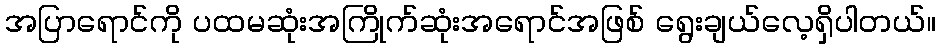
အပြာရောင်ကို ပထမဆုံးအကြိုက်ဆုံးအရောင်အဖြစ် ရွေးချယ်လေ့ရှိပါတယ်။